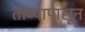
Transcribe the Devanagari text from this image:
तांब्यापासून